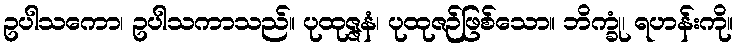
ဥပါသကော၊ ဥပါသကာသည်။ ပုထုဇ္ဇနံ၊ ပုထုဇဉ်ဖြစ်သော။ ဘိက္ခုံ၊ ရဟန်းကို။